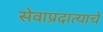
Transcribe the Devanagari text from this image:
सेवाप्रदात्याचे